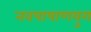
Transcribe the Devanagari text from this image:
नवपाषाणयुग